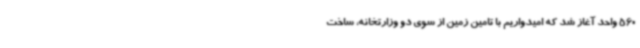
560 واحد آغاز شد که امیدواریم با تامین زمین از سوی دو وزارتخانه، ساخت